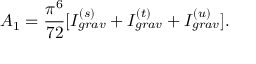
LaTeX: A _ { 1 } = \frac { \pi ^ { 6 } } { 7 2 } [ I _ { g r a v } ^ { ( s ) } + I _ { g r a v } ^ { ( t ) } + I _ { g r a v } ^ { ( u ) } ] .